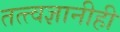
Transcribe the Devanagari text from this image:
तत्त्वज्ञानीही